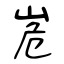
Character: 峞